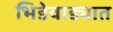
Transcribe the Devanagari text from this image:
भिडेवाड्यात